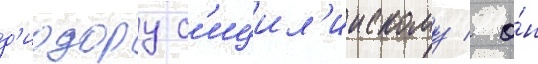
д'иодору с'ицил'иискому / о́н